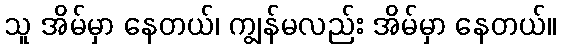
သူ အိမ်မှာ နေတယ်၊ ကျွန်မလည်း အိမ်မှာ နေတယ်။